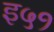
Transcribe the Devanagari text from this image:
इ५१